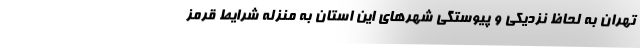
تهران به لحاظ نزدیکی و پیوستگی شهرهای این استان به منزله شرایط قرمز